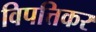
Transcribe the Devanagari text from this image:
विपत्तिकर